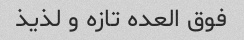
فوق العده تازه و لذیذ